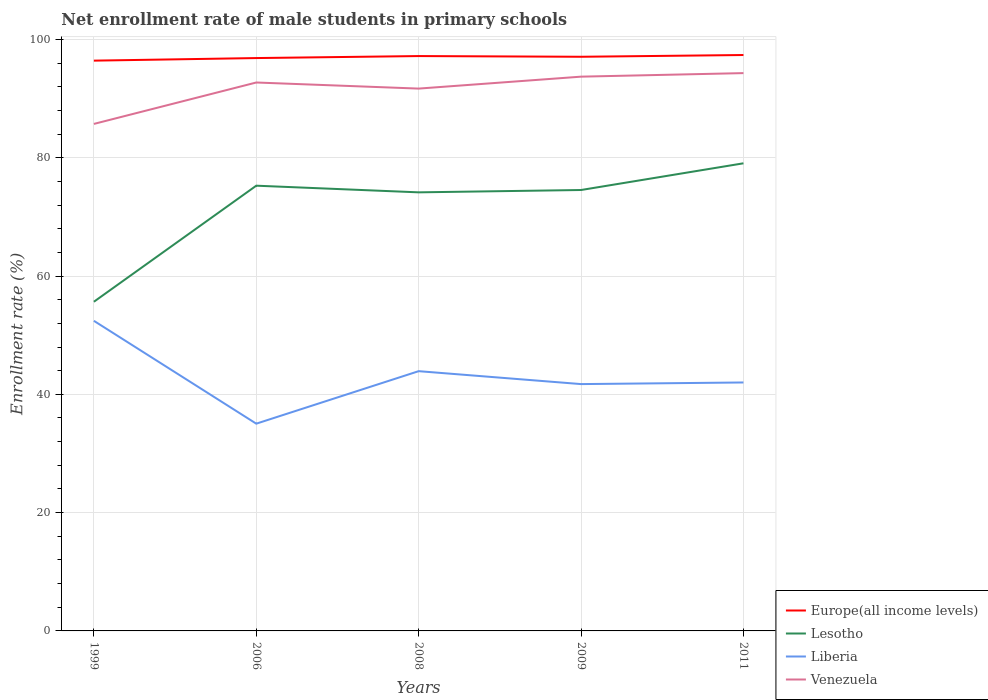
| Years | Europe(all income levels) | Lesotho | Liberia | Venezuela |
 | --- | --- | --- | --- | --- |
 | 1999 | 96.4 | 55.7 | 52.4 | 85.7 |
 | 2006 | 96.9 | 75.3 | 35 | 92.7 |
 | 2008 | 97.2 | 74.2 | 43.9 | 91.7 |
 | 2009 | 97.1 | 74.5 | 41.7 | 93.7 |
 | 2011 | 97.4 | 79.1 | 42 | 94.3 |